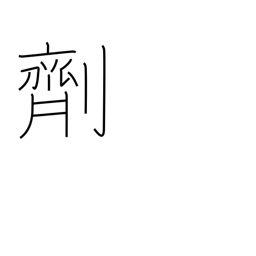
Meaning: drug